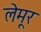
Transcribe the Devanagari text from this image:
लेमूर